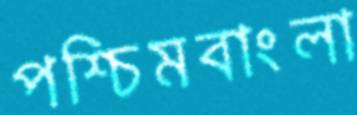
পশ্চিমবাংলা